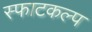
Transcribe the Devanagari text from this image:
स्फाटकल्प